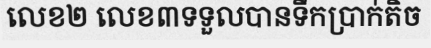
លេខ២ លេខ៣ទទួលបានទឹកប្រាក់តិច